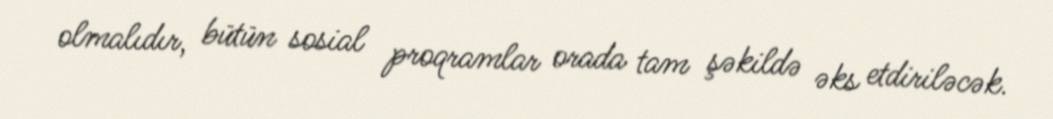
olmalıdır, bütün sosial proqramlar orada tam şəkildə əks etdiriləcək.